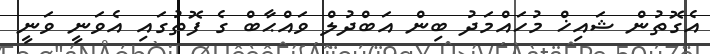
އެގޮތުން ޝައިޚް މުހައްމަދު ބިން އަބްދުލް ވައްޙާބް ގެ ފޮތުގައި އެވަނީ ވަނީ